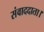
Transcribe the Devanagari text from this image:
संवाददाता।